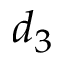
d _ { 3 }